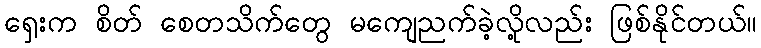
ရှေးက စိတ် စေတသိက်တွေ မကျေညက်ခဲ့လို့လည်း ဖြစ်နိုင်တယ်။